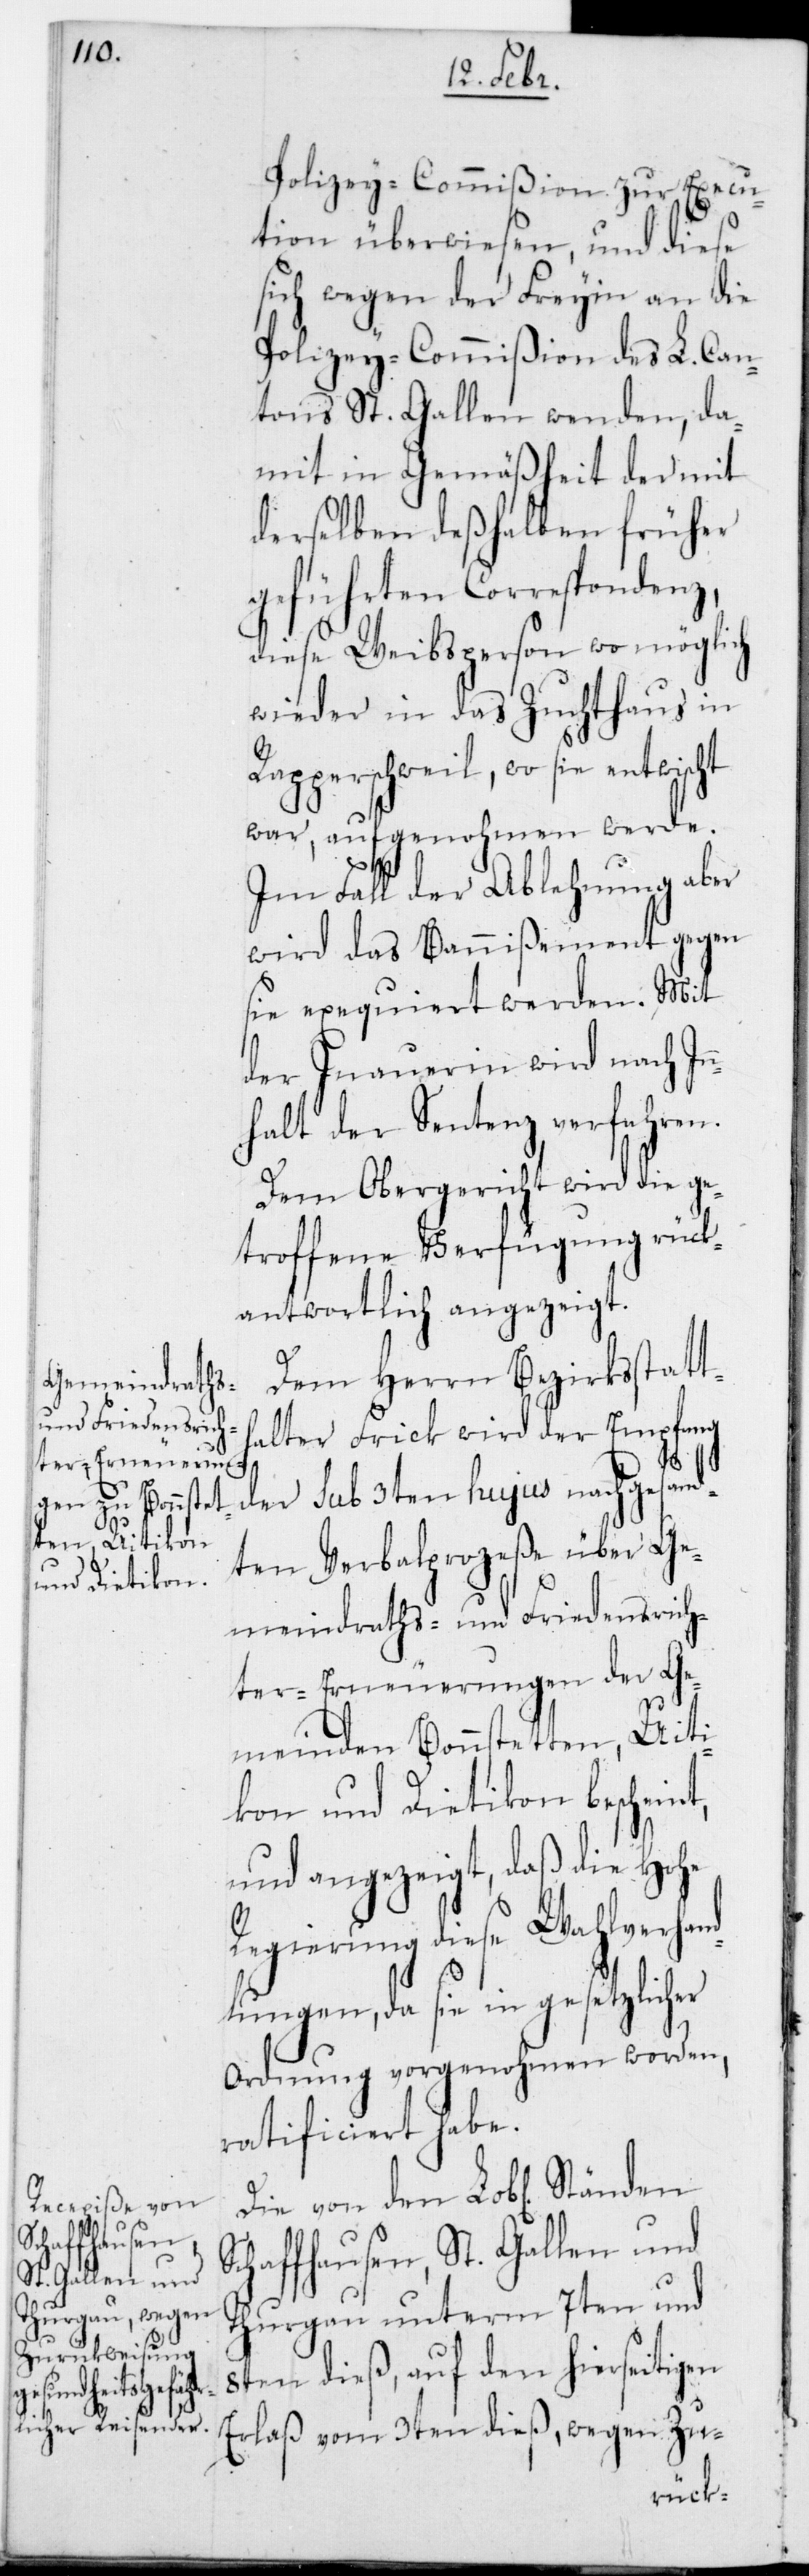
Polizey-Commißion zur Execu¬
tion überwiesen, und diese
sich wegen der Freyin an die
Polizey-Commißion des L. Can¬
tons St. Gallen wenden, da¬
mit in Gemäßheit der mit
derselben deshalben früher
geführten Correspondenz,
diese Weibsperson wo möglich
wieder in das Zuchthaus in
Rapperschweil, wo sie entwischt
war, aufgenohmen werde.
Im Fall der Ablehnung aber
wird das Bannißement gegen
sie exequiert werden. Mit
der Inauerin wird nach In¬
nhalt der Sentenz verfahren.
Dem Obergericht wird die ge¬
troffene Verfügung rück¬
antwortlich angezeigt.
Dem Herrn Bezirksstatt¬
halter Frick wird der Empfang
der sub 3ten hujus nach gesand¬
ten Verbalprozeße über Ge¬
meindraths- und Friedensrich¬
ter-Erneuerungen der Ge¬
meinden Bonnstetten, Uiti¬
kon und Dietikon bescheint,
und angezeigt, daß die Hohe
Regierung diese Wahlverhand¬
lungen, da sie in gesetzlicher
Ordnung vorgenohmen worden,
ratificiert habe.
Die von den L. Ständen
Schaffhausen, St. Gallen und
Thurgau unterm 7ten und
8ten dieß, auf den hierseitigen
Erlaß vom 3ten dieß, wegen Zu-